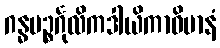
ဂန္ဓပဉ္စင်္ဂုလိကဒါယိကာဝိမာနံ